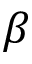
\beta